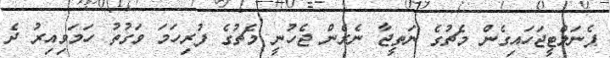
ޕެނަލްޓީޖަހައިގެން މެޗުގެ ނަތީޖާ ނެރެން ޖެހުނީ މެޗުގެ ފުރިހަމަ ވަގުތު ހަމަވިއިރު ދެ